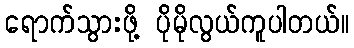
ရောက်သွားဖို့ ပိုမိုလွယ်ကူပါတယ်။